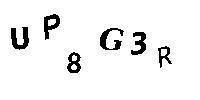
UP8G3R